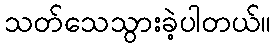
သတ်သေသွားခဲ့ပါတယ်။